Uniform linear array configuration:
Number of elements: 16
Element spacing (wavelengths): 0.75
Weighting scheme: kaiser
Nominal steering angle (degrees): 15
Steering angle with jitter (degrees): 16.233
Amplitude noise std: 0.05
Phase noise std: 0.05

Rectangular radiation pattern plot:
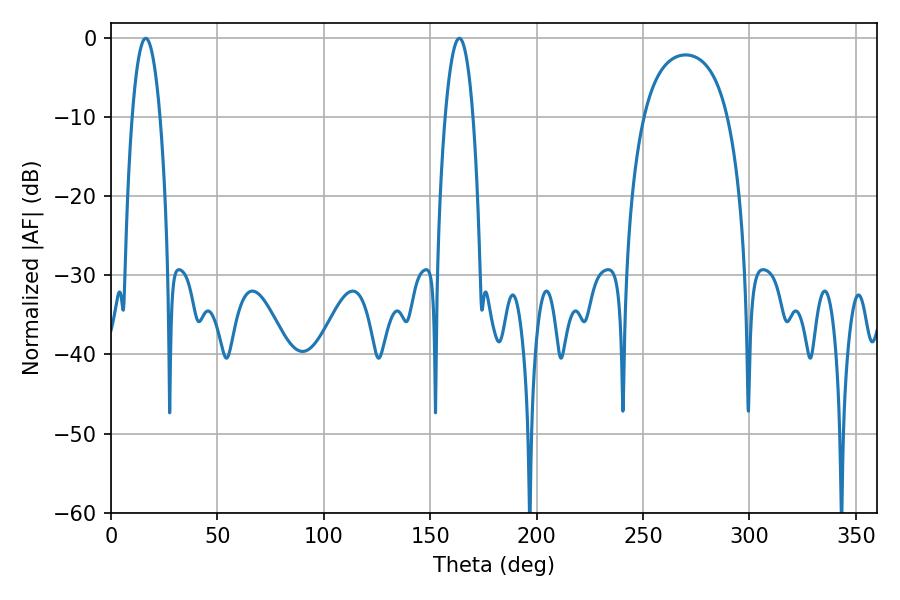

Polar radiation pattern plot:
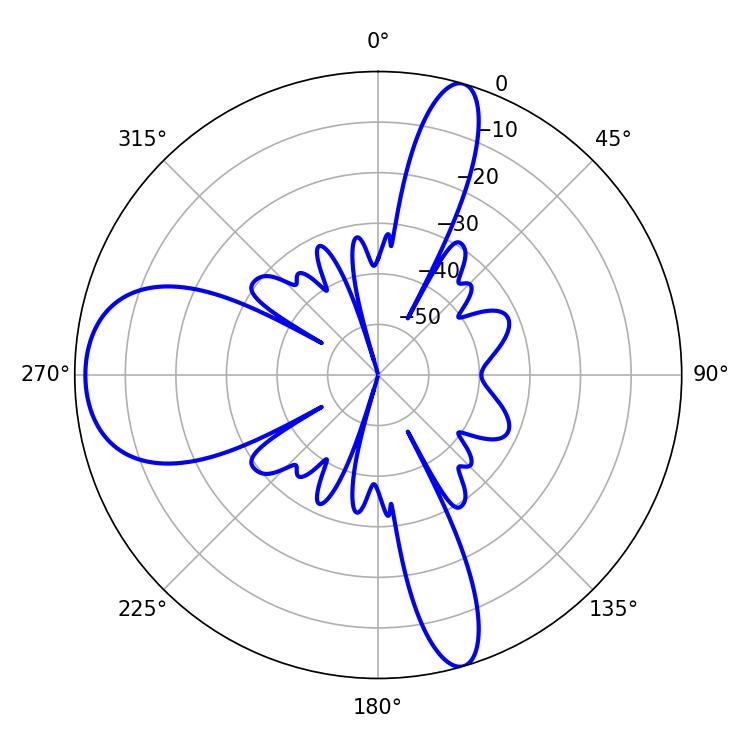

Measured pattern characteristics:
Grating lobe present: TRUE
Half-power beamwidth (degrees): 7.2
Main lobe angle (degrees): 16.38